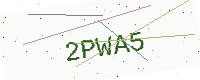
Text: 2PWA5